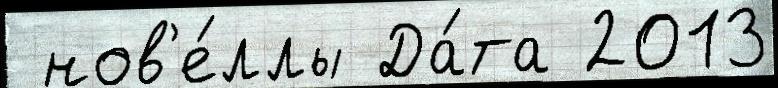
 нов'е́ллы Да́та 2013